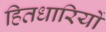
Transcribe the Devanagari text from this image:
हितधारियों